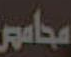
محامص